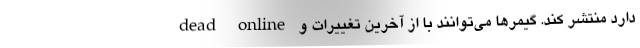
dead online دارد منتشر کند. گیمرها می‌توانند با از آخرین تغییرات و